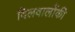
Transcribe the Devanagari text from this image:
दिलवालोंकी